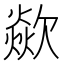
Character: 歘